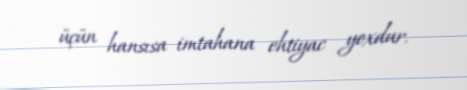
üçün hansısa imtahana ehtiyac yoxdur.